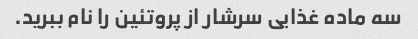
سه ماده غذایی سرشار از پروتئین را نام ببرید.